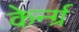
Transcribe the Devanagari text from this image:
केर्न्ग्र